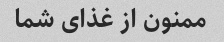
ممنون از غذای شما